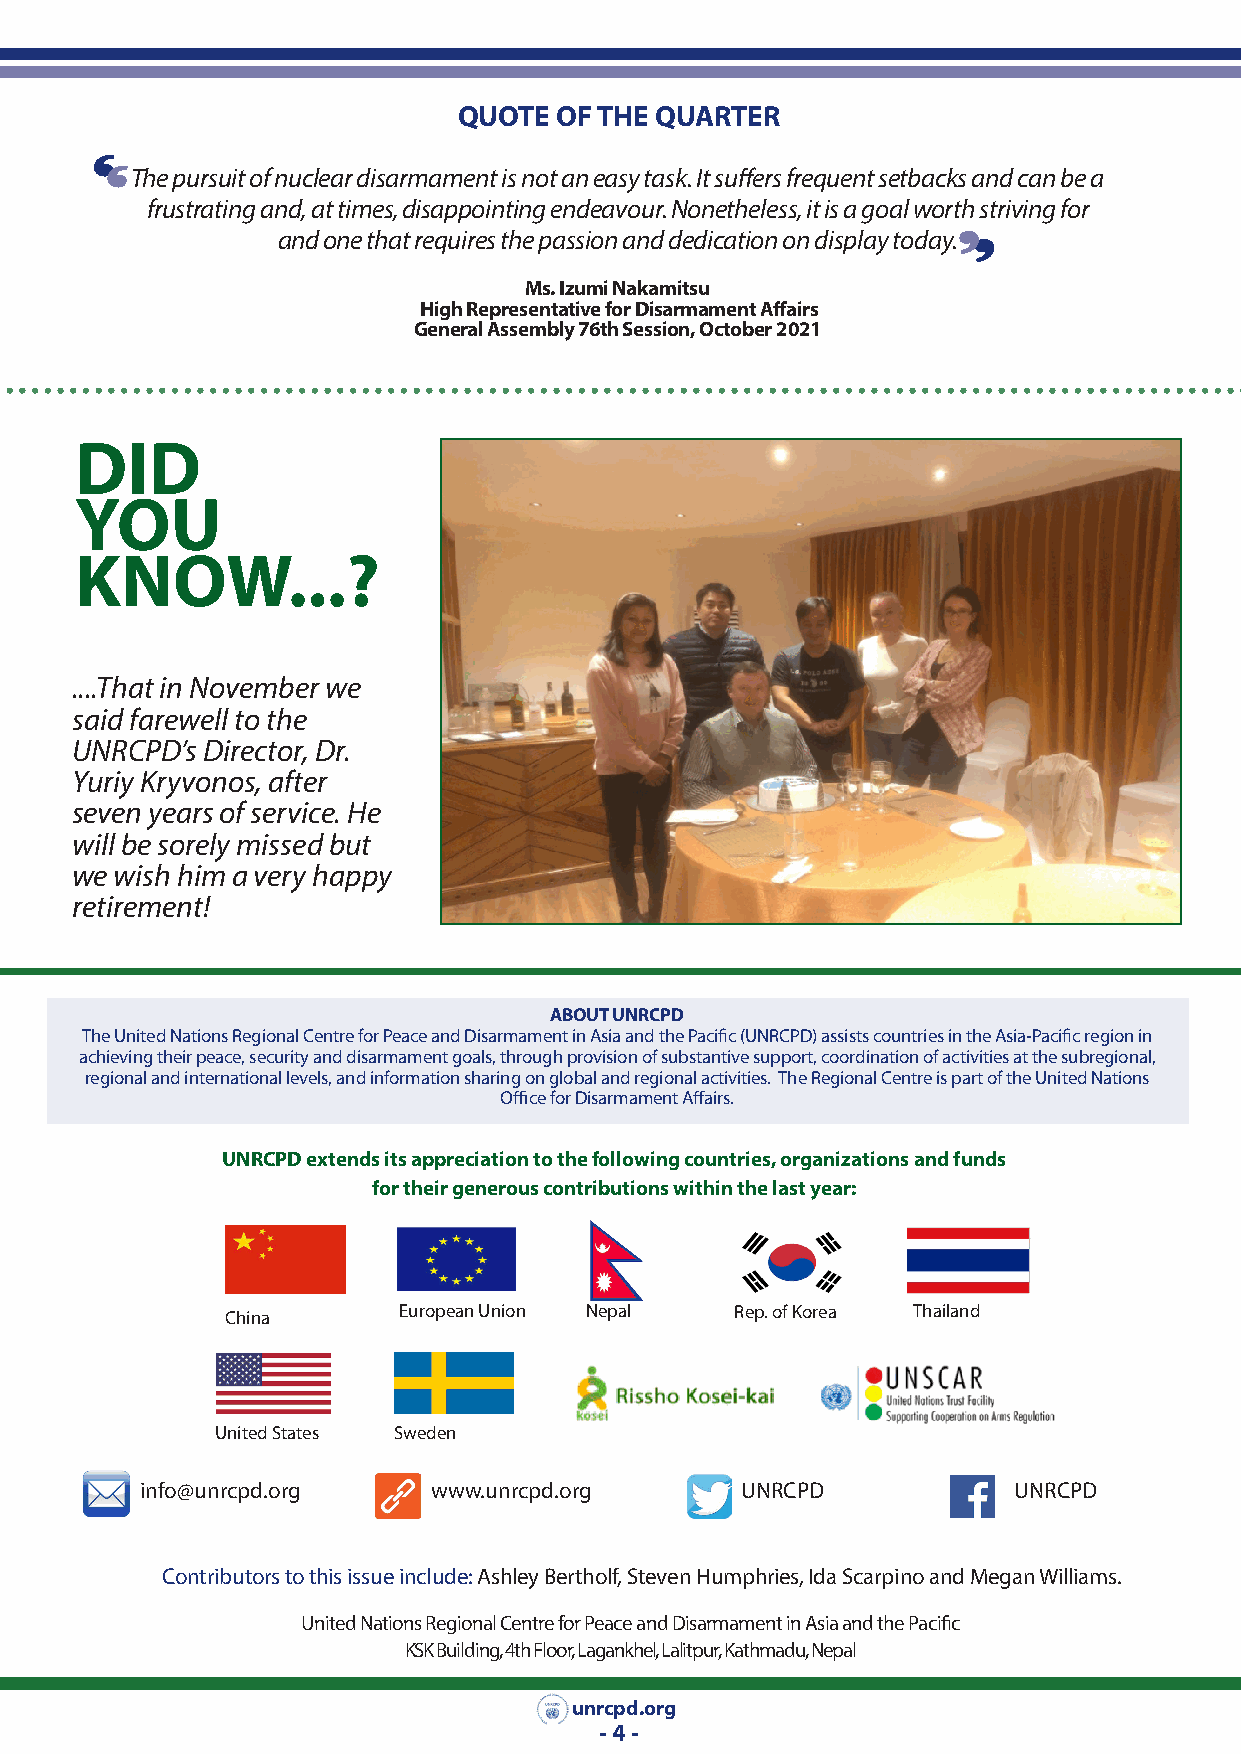
QUOTE  OF THE QUARTER
 The pursuit of nuclear disarmament is not an easy task. It suffers frequent setbacks and can be a
 frustrating and, at times, disappointing endeavour. Nonetheless, it is a goal worth striving for
 and one that requires the passion and dedication on display today.
 Ms. Izumi Nakamitsu
 High Representative for Disarmament Affairs
 General Assembly 76th Session, October 2021
 DID
 YOU
 KNOW...?
 ....That in November we
 said farewell to the
 UNRCPD’s Director, Dr.
 Yuriy Kryvonos, after
 seven years of service. He
 will be sorely missed but
 we wish him a very happy
 retirement!
 ABOUT UNRCPD
 The United Nations Regional Centre for Peace and Disarmament in Asia and the Pacific (UNRCPD) assists countries in the Asia-Pacific region in
 achieving their peace, security and disarmament goals, through provision of substantive support, coordination of activities at the subregional,
 regional and international levels, and information sharing on global and regional activities. The Regional Centre is part of the United Nations
 Office for Disarmament Affairs.
 UNRCPD extends its appreciation to the following countries, organizations and funds
 for their generous contributions within the last year:
 European Union Nepal   Rep. of Korea Thailand
 China
 United States Sweden
 info@unrcpd.org     www.unrcpd.org      UNRCPD            UNRCPD
 Contributors to this issue include: Ashley Bertholf, Steven Humphries, Ida Scarpino and Megan Williams.
 United Nations Regional Centre for Peace and Disarmament in Asia and the Pacific
 KSK Building, 4th Floor, Lagankhel, Lalitpur, Kathmadu, Nepal
 unrcpd.org
 - 4 -